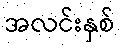
အလင်းနှစ်